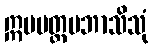
ဣမမတ္ထမဘာသိသုံ